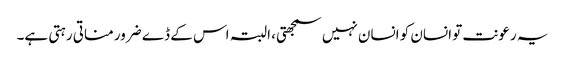
یہ رعونت تو انسان کو انسان نہیں سمجھتی، البتہ اس کے ڈے ضرور مناتی رہتی ہے۔